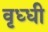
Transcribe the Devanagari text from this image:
वृध्धी